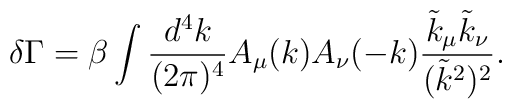
\delta\Gamma=\beta\int \frac{d^4k}{(2\pi)^4}A_\mu(k)A_\nu(-k)\frac{\tilde k_\mu\tilde k_\nu}{(\tilde k^2)^2}.